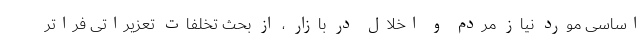
اساسی مورد نیاز مردم و اخلال در بازار ، از بحث تخلفات تعزیراتی فراتر